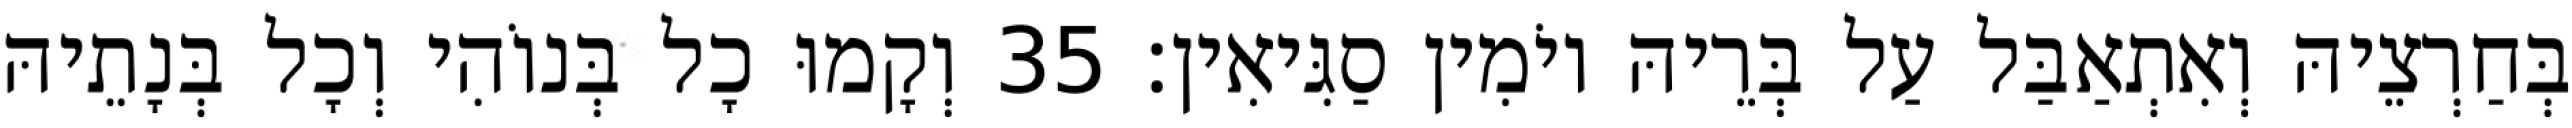
בְּחַרְצֵיהּ וְאִתְאַבַּל עַל בְּרֵיהּ יוֹמִין סַגִּיאִין׃ 35 וְקָמוּ כָל בְּנוֹהִי וְכָל בְּנָתֵיהּ